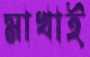
মাখাই